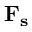
\mathbf { F _ { s } }